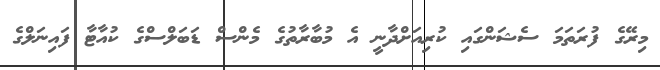
މިރޭގެ ފުރަތަމަ ސެޝަންގައި ކުރިއަށްދާނީ އެ މުބާރާތުގެ މެންސް ޑަބަލްސްގެ ކުއާޓާ ފައިނަލްގެ